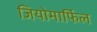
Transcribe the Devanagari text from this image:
जियोमार्फिल